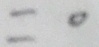
= 0